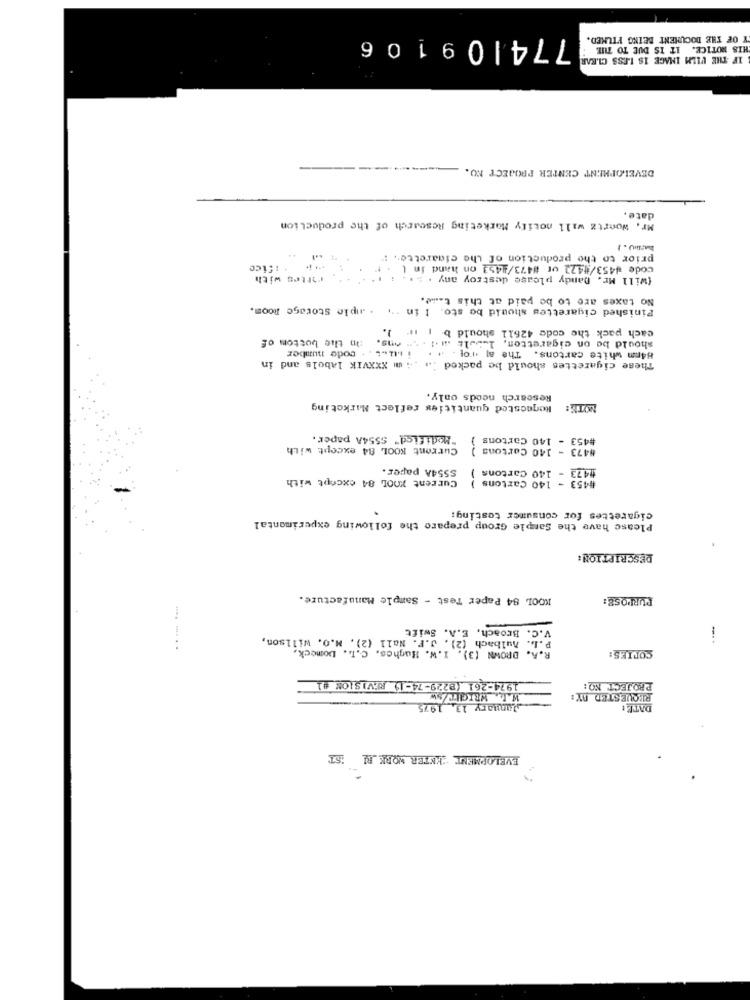
774|09106
Y OF THE DOCUMENT BEING FILMED.
HIS NOTICE. IT IS DUE TO THE
IF THE UILM IMAGE IS LESS CLEAR
DEVELOPMENT CENTER PROJECT NO.
Mr. Woertz will notify Marketing Research of the production
date.
prior to the production of Lhe cigarette ., : "
.....
code #453/1422 or #473/2453 on hand in [ . :
cities with
{will Mr. Dandy please destroy any . .. .. :
No taxes are to be paid at this t ... e.
Finished cigarettes should be sto. I in ... . . nple Storage Room.
cach pack the code 42611 should b | ir ).
Im the bottom of
should be on cigarettes, 1.5.1s .. .. . "" Ans.
code number
H4mm white cartons. The a .rot . .. . i M.
These cigarettes should be packed ;# .4 mm XXXVIK labels and in
Rescarch needs only.
Requested quantities reflect Marketing
NOTH:
"Modified" S554A paper.
#453 - 140 Cartons }
Current KOOL 84 except with
#473 - 140 Cartons
SS54A paper.
#473 - 140 Cartons
Current X00L 84 except with
#453 - 140 Cartons
-
cigarettes for consumer testing:
Please have the Sample Group prepare the following experimental
DESCRIPTION:
KOOL 84 Paper Test - Sample Manufacture.
PURPOSE:
V.C. Broach, E.A. Swift
:
P.L. Aulbach (2). J.F. Nall (2). N.O. willson,
R.A. BROWN (3). I.W. Hughes, C.L. Domeck,
COPIES:
1974-261 (B229-74-1) REVISION #1
PROJECT NO:
REQUESTED BY:
january 13, 1975
DATE :
EVELOPMENT ENTER WORK EL ST